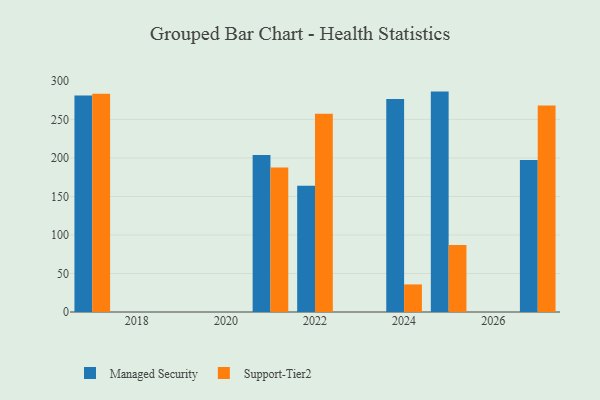
{"axis": {"x": "Year", "y": "Humidity (%)"}, "legend": ["Managed Security", "Support-Tier2"], "data": [{"x": "2027", "y": 197.5, "type": "Managed Security"}, {"x": "2027", "y": 268.1, "type": "Support-Tier2"}, {"x": "2025", "y": 286.2, "type": "Managed Security"}, {"x": "2025", "y": 87.1, "type": "Support-Tier2"}, {"x": "2022", "y": 163.8, "type": "Managed Security"}, {"x": "2022", "y": 257.4, "type": "Support-Tier2"}, {"x": "2021", "y": 203.9, "type": "Managed Security"}, {"x": "2021", "y": 187.7, "type": "Support-Tier2"}, {"x": "2017", "y": 281.1, "type": "Managed Security"}, {"x": "2017", "y": 283.4, "type": "Support-Tier2"}, {"x": "2024", "y": 276.5, "type": "Managed Security"}, {"x": "2024", "y": 35.8, "type": "Support-Tier2"}]}